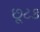
છૂટક